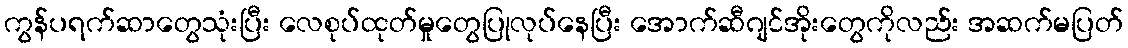
ကွန်ပရက်ဆာတွေသုံးပြီး လေစုပ်ထုတ်မှုတွေပြုလုပ်နေပြီး အောက်ဆီဂျင်အိုးတွေကိုလည်း အဆက်မပြတ်